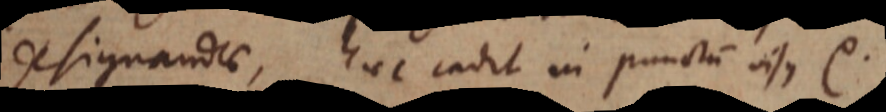
designandae, haec cadit in punctum visus etc.